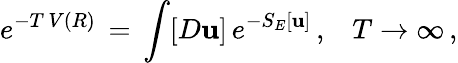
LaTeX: e^{-T\, V(R)}\, =\, \int[D{\mathbf u}]\, e^{-S_{E}[{\mathbf u}]}\, {,}\quad T\to\infty\, {,}